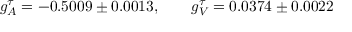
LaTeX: g _ { A } ^ { \tau } = - 0 . 5 0 0 9 \pm 0 . 0 0 1 3 , \qquad g _ { V } ^ { \tau } = 0 . 0 3 7 4 \pm 0 . 0 0 2 2